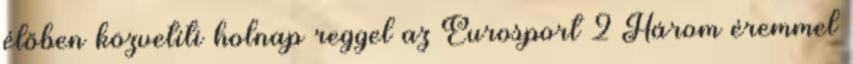
élőben közvetíti holnap reggel az Eurosport 2 Három éremmel